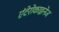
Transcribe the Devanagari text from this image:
एंटेरोकाइनेज